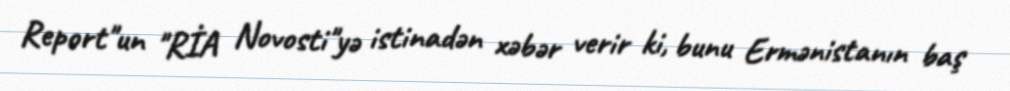
Report"un "RİA Novosti"yə istinadən xəbər verir ki, bunu Ermənistanın baş